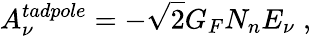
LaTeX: A_{\nu}^{tadpole}=-\sqrt{2}G_{F}N_{n}E_{\nu}\; ,